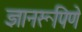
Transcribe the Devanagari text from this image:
ज्ञानरूपिणे